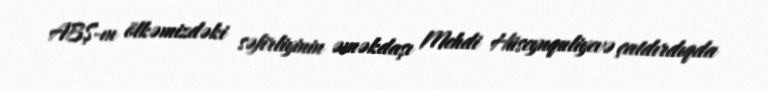
ABŞ-ın ölkəmizdəki səfirliyinin əməkdaşı Mehdi Hüseynquliyevə çatdırdıqda